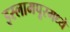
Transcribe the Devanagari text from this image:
इस्लामपूरमध्ये